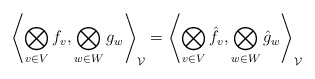
\begin{align*}\left\langle \bigotimes_{v\in V} f_v, \bigotimes_{w\in W} g_w\right\rangle_{\mathcal{V}}=\left\langle \bigotimes_{v\in V} \hat{f}_v, \bigotimes_{w\in W} \hat{g}_w\right\rangle_{\mathcal{V}}\end{align*}